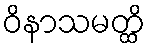
ဝိနာသမတ္ထိ